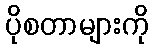
ပိုစတာများကို